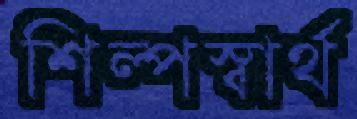
শিল্পস্বার্থ